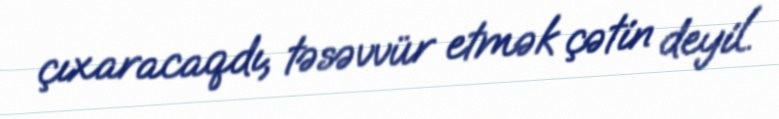
çıxaracaqdı, təsəvvür etmək çətin deyil.